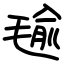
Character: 毺